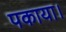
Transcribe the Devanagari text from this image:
पकाया।